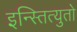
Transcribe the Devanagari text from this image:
इन्स्तित्युतो